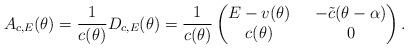
LaTeX: \begin{align*}A_{c,E}(\theta)=\frac{1}{c(\theta)}D_{c,E}(\theta)=\frac{1}{c(\theta)}\left(\begin{matrix}E-v(\theta)\ \ &-\tilde{c}(\theta-\alpha)\\c(\theta)\ \ & 0\end{matrix}\right).\end{align*}